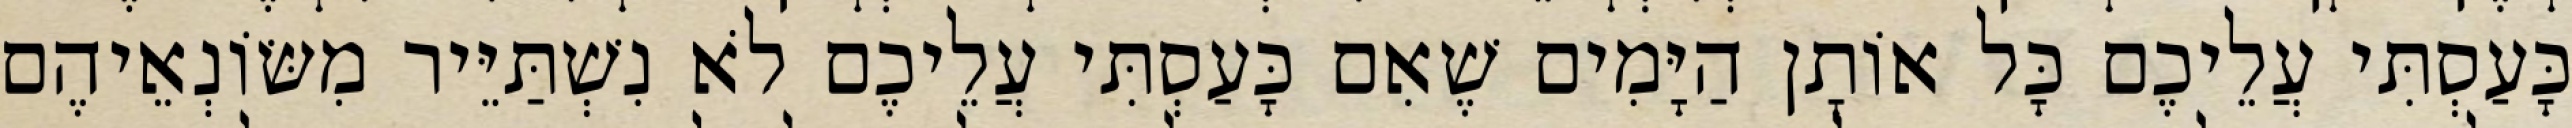
כָּעַסְתִּי עֲלֵיכֶם כָּל אוֹתָן הַיָּמִים שֶׁאִם כָּעַסְתִּי עֲלֵיכֶם לֹא נִשְׁתַּיֵּיר מִשּׂוֹנְאֵיהֶם